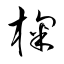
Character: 椈